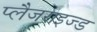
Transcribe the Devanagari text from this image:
प्लैजराइज्ड